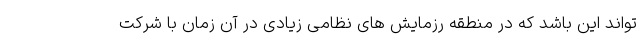
تواند این باشد که در منطقه رزمایش های نظامی زیادی در آن زمان با شرکت